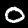
Label: 0